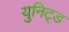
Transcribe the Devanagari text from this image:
युनिट्ड